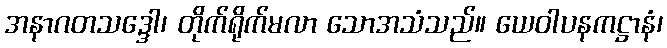
အနာဂတသဒ္ဒေါ၊ တိုက်ရိုက်မလာ သောအသံသည်။ ယေဝါပနကဋ္ဌာနံ၊